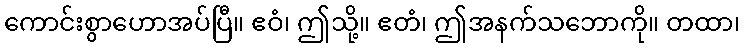
ကောင်းစွာဟောအပ်ပြီ။ ဧဝံ၊ ဤသို့။ ဧတံ၊ ဤအနက်သဘောကို။ တထာ၊